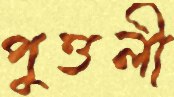
পুত্তলী